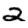
Digit: 2